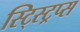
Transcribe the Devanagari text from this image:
स्ट्स्ट्रिप्स